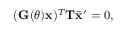
( \mathbf G ( \theta ) \mathbf { x } ) ^ { T } \mathbf T \Bar { \mathbf { x } } ^ { \prime } = 0 ,